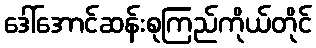
ဒေါ်အောင်ဆန်းစုကြည်ကိုယ်တိုင်